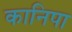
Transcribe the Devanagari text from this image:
कानिपा